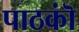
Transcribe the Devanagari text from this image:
पाठकॊं